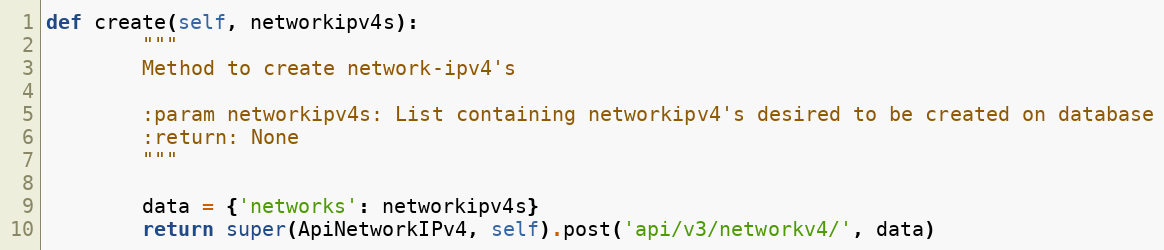
Language: Python
def create(self, networkipv4s):
        """
        Method to create network-ipv4's

        :param networkipv4s: List containing networkipv4's desired to be created on database
        :return: None
        """

        data = {'networks': networkipv4s}
        return super(ApiNetworkIPv4, self).post('api/v3/networkv4/', data)